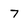
Character: 7